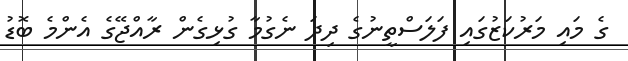
ގެ މައި މަރުކަޒުގައި ފަލަސްތީނުގެ ދިދަ ނެގުމާ ގުޅިގެން ރާއްޖޭގެ އެންމެ ބޮޑު